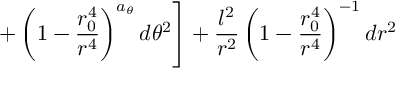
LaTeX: \left. + \left( 1 - \frac { r _ { 0 } ^ { 4 } } { r ^ { 4 } } \right) ^ { a _ { \theta } } d \theta ^ { 2 } \right] + \frac { l ^ { 2 } } { r ^ { 2 } } \left( 1 - \frac { r _ { 0 } ^ { 4 } } { r ^ { 4 } } \right) ^ { - 1 } d r ^ { 2 }